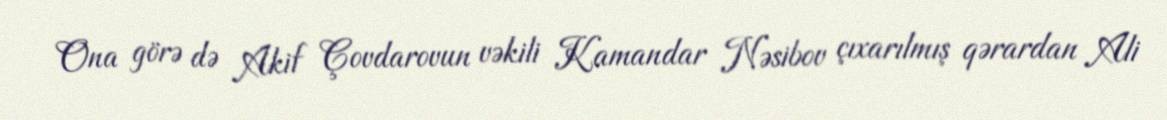
Ona görə də Akif Çovdarovun vəkili Kamandar Nəsibov çıxarılmış qərardan Ali